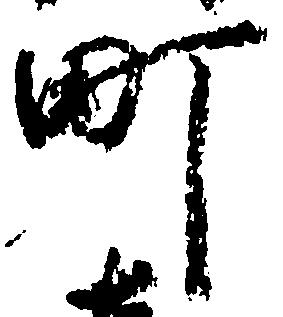
町